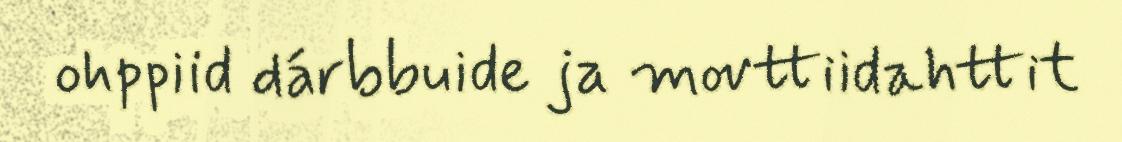
ohppiid dárbbuide ja movttiidahttit